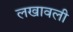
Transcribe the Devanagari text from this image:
लखावली